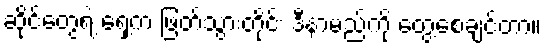
ဆိုင်တွေရဲ့ ရှေ့က ဖြတ်သွားတိုင်း ဒီနာမည်ကို တွေ့စေချင်တာ။